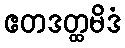
ဧတဒတ္ထမိဒံ